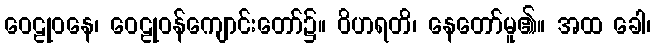
ဝေဠုဝနေ၊ ဝေဠုဝန်ကျောင်းတော်၌။ ဝိဟရတိ၊ နေတော်မူ၏။ အထ ခေါ၊